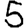
Digit: 5